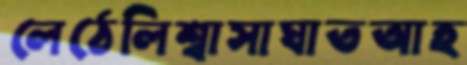
লেঠেলিশ্বাসাঘাতআহ